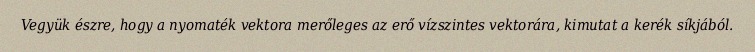
Vegyük észre, hogy a nyomaték vektora merőleges az erő vízszintes vektorára, kimutat a kerék síkjából.